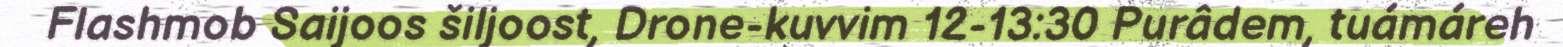
Flashmob Saijoos šiljoost, Drone-kuvvim 12-13:30 Purâdem, tuámáreh